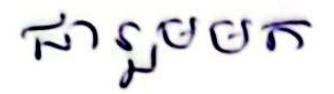
ជារួមមក